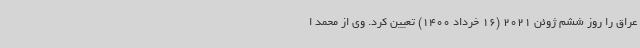
عراق را روز ششم ژوئن 2021 (16 خرداد 1400) تعیین کرد. وی از محمد ا